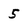
Character: 5